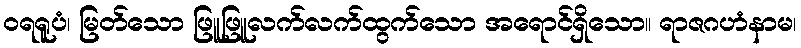
ဝရရူပံ၊ မြတ်သော ဖြူဖြူလက်လက်ထွက်သော အရောင်ရှိသော။ ရာဇဂဟံနာမ၊